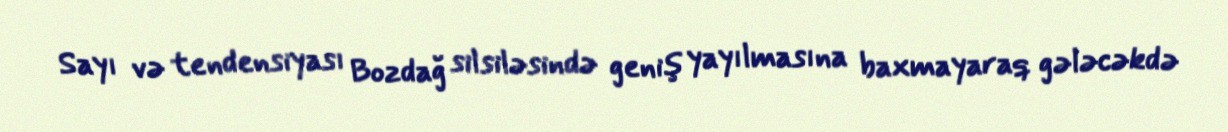
Sayı və tendensiyası Bozdağ silsiləsində geniş yayılmasına baxmayaraq gələcəkdə